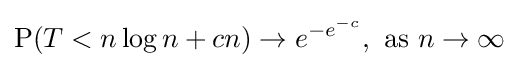
\operatorname {P} (T<n\log n+cn)\to e^{-e^{-c}},{\text{ as }}n\to \infty